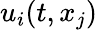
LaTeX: u_{i}(t,x_{j})